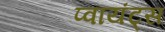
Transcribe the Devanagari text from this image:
प्वायंट्स